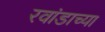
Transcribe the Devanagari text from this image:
रवांडाच्या